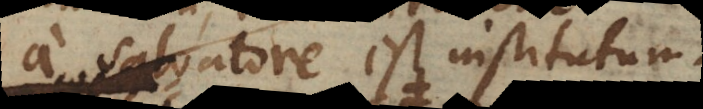
a Salvatore est institutum.